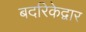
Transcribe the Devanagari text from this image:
बदरिकेद्वार